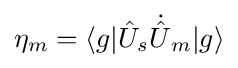
{\textstyle \eta _{m}=\langle g|{\hat {U}}_{s}{\dot {\hat {U}}}_{m}|g\rangle }